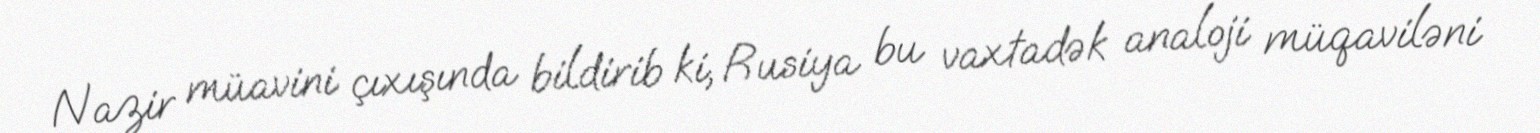
Nazir müavini çıxışında bildirib ki, Rusiya bu vaxtadək analoji müqaviləni